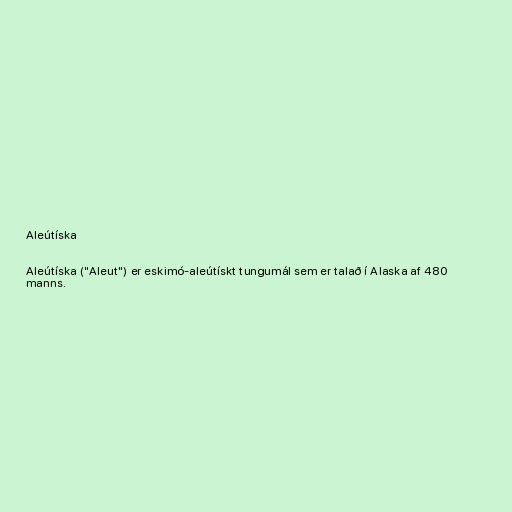
Aleútíska

Aleútíska ("Aleut") er eskimó-aleútískt tungumál sem er talað í Alaska af 480
manns.